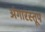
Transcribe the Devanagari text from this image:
अंगारस्तूप